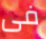
فى